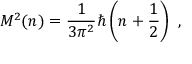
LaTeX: M ^ { 2 } ( n ) = \frac { 1 } { 3 \pi ^ { 2 } } \hbar \left( n + \frac { 1 } { 2 } \right) ~ ,